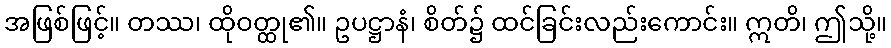
အဖြစ်ဖြင့်။ တဿ၊ ထိုဝတ္ထု၏။ ဥပဋ္ဌာနံ၊ စိတ်၌ ထင်ခြင်းလည်းကောင်း။ ဣတိ၊ ဤသို့။